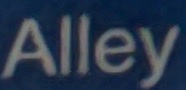
Alley